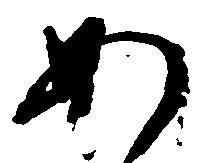
あ